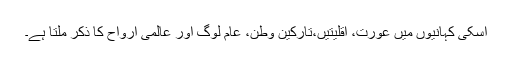
اسکی کہانیوں میں عورت، اقلیتیں،تارکینِ وطن، عام لوگ اور عالمی ارواح کا ذکر ملتا ہے۔